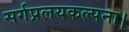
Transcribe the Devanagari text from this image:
सर्गप्रलयकल्पना।